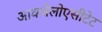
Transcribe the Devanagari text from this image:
आक्जेलोएसीटेट